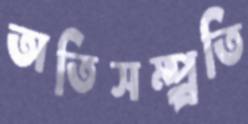
অতিসম্প্র্রতি